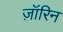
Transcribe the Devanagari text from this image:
ज़ॉरिन